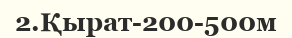
2.Қырат-200-500м